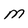
Character: M